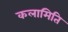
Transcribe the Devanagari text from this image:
कलामिति